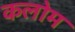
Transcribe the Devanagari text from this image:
कलोम